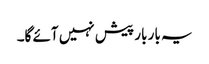
یہ بار بار پیش نہیں آئے گا۔